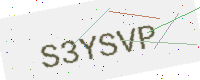
Text: S3YSVP